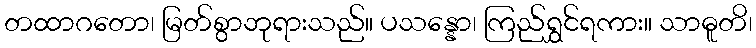
တထာဂတော၊ မြတ်စွာဘုရားသည်။ ပသန္နော၊ ကြည်ရွှင်ရကား။ သာဓူတိ၊